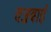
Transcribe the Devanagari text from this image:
वज्रबाई